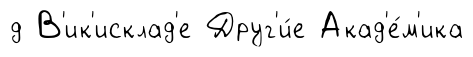
д В'ик'исклад'е Друг'и́е Акад'е́м'ика